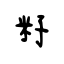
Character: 籽